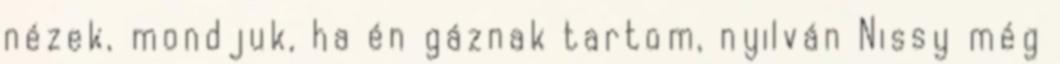
nézek, mondjuk, ha én gáznak tartom, nyilván Nissy még